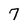
Character: 7